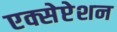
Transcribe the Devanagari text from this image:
एक्सेप्टेशन